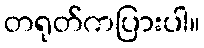
တရုတ်ကပြားပါ။